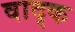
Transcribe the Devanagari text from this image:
वाद्क